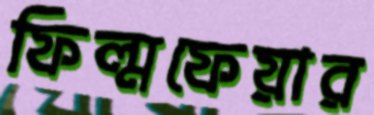
ফিল্মফেয়ার